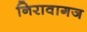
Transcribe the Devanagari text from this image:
निरावागज